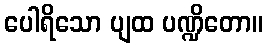
ပေါရိသော ပျထ ပဏ္ဍိတော။